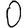
Digit: 0